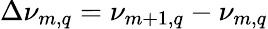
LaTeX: \Delta\nu_{m,q}=\nu_{m+1,q}-\nu_{m,q}